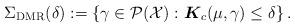
LaTeX: \begin{align*}\Sigma_{\mathrm{DMR}}(\delta):=\left\{\gamma \in \mathcal{P}(\mathcal{X}) : \boldsymbol{K}_c(\mu, \gamma) \le \delta \right\}.\end{align*}